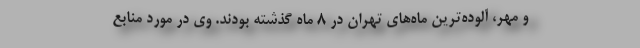
و مهر، آلوده‌ترین ماه‌های تهران در ۸ ماه گذشته بودند. وی در مورد منابع